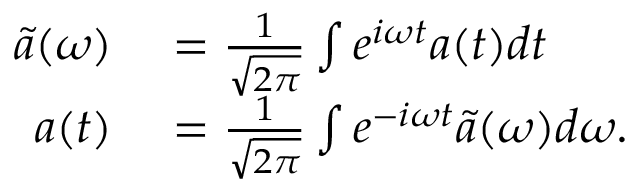
\begin{array} { r l } { \tilde { a } ( \omega ) } & { { } = \frac { 1 } { \sqrt { 2 \pi } } \int e ^ { i \omega t } a ( t ) d t \, } \\ { a ( t ) } & { { } = \frac { 1 } { \sqrt { 2 \pi } } \int e ^ { - i \omega t } \tilde { a } ( \omega ) d \omega . \, } \end{array}